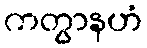
ကတွာနဟံ